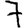
Digit: 7